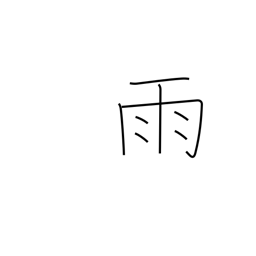
Meaning: rain